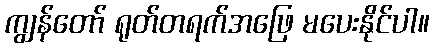
ကျွန်တော် ရုတ်တရက်အဖြေ မပေးနိုင်ပါ။